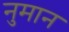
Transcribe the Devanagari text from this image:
नुमान